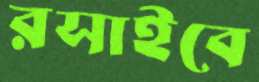
রসাইবে